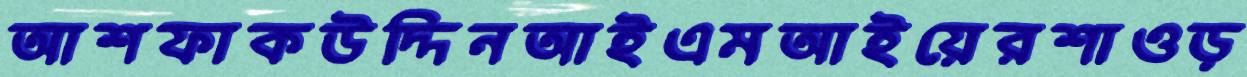
আশফাকউদ্দিনআইএমআইয়েরশাওড়